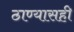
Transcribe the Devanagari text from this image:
ठाण्यासही